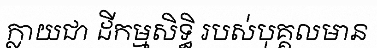
ក្លាយជា ដីកម្មសិទ្ធិ របស់បុគ្គលមាន